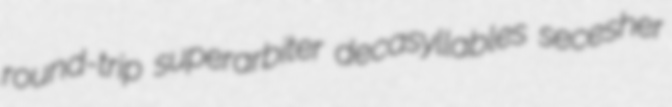
round-trip superarbiter decasyllables secesher